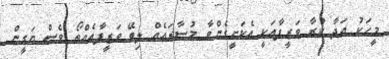
މީހަކު އަދާ ކުރާ ވަޒީފާއަކީ އެކަށީގެންވާ މުސާރައެއް ލިބޭ ވަޒީފާއެއްތޯ ވެސް ޔަގީން